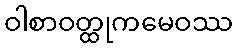
ဝါစာဝတ္ထုကမေဝဿ